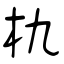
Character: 朹